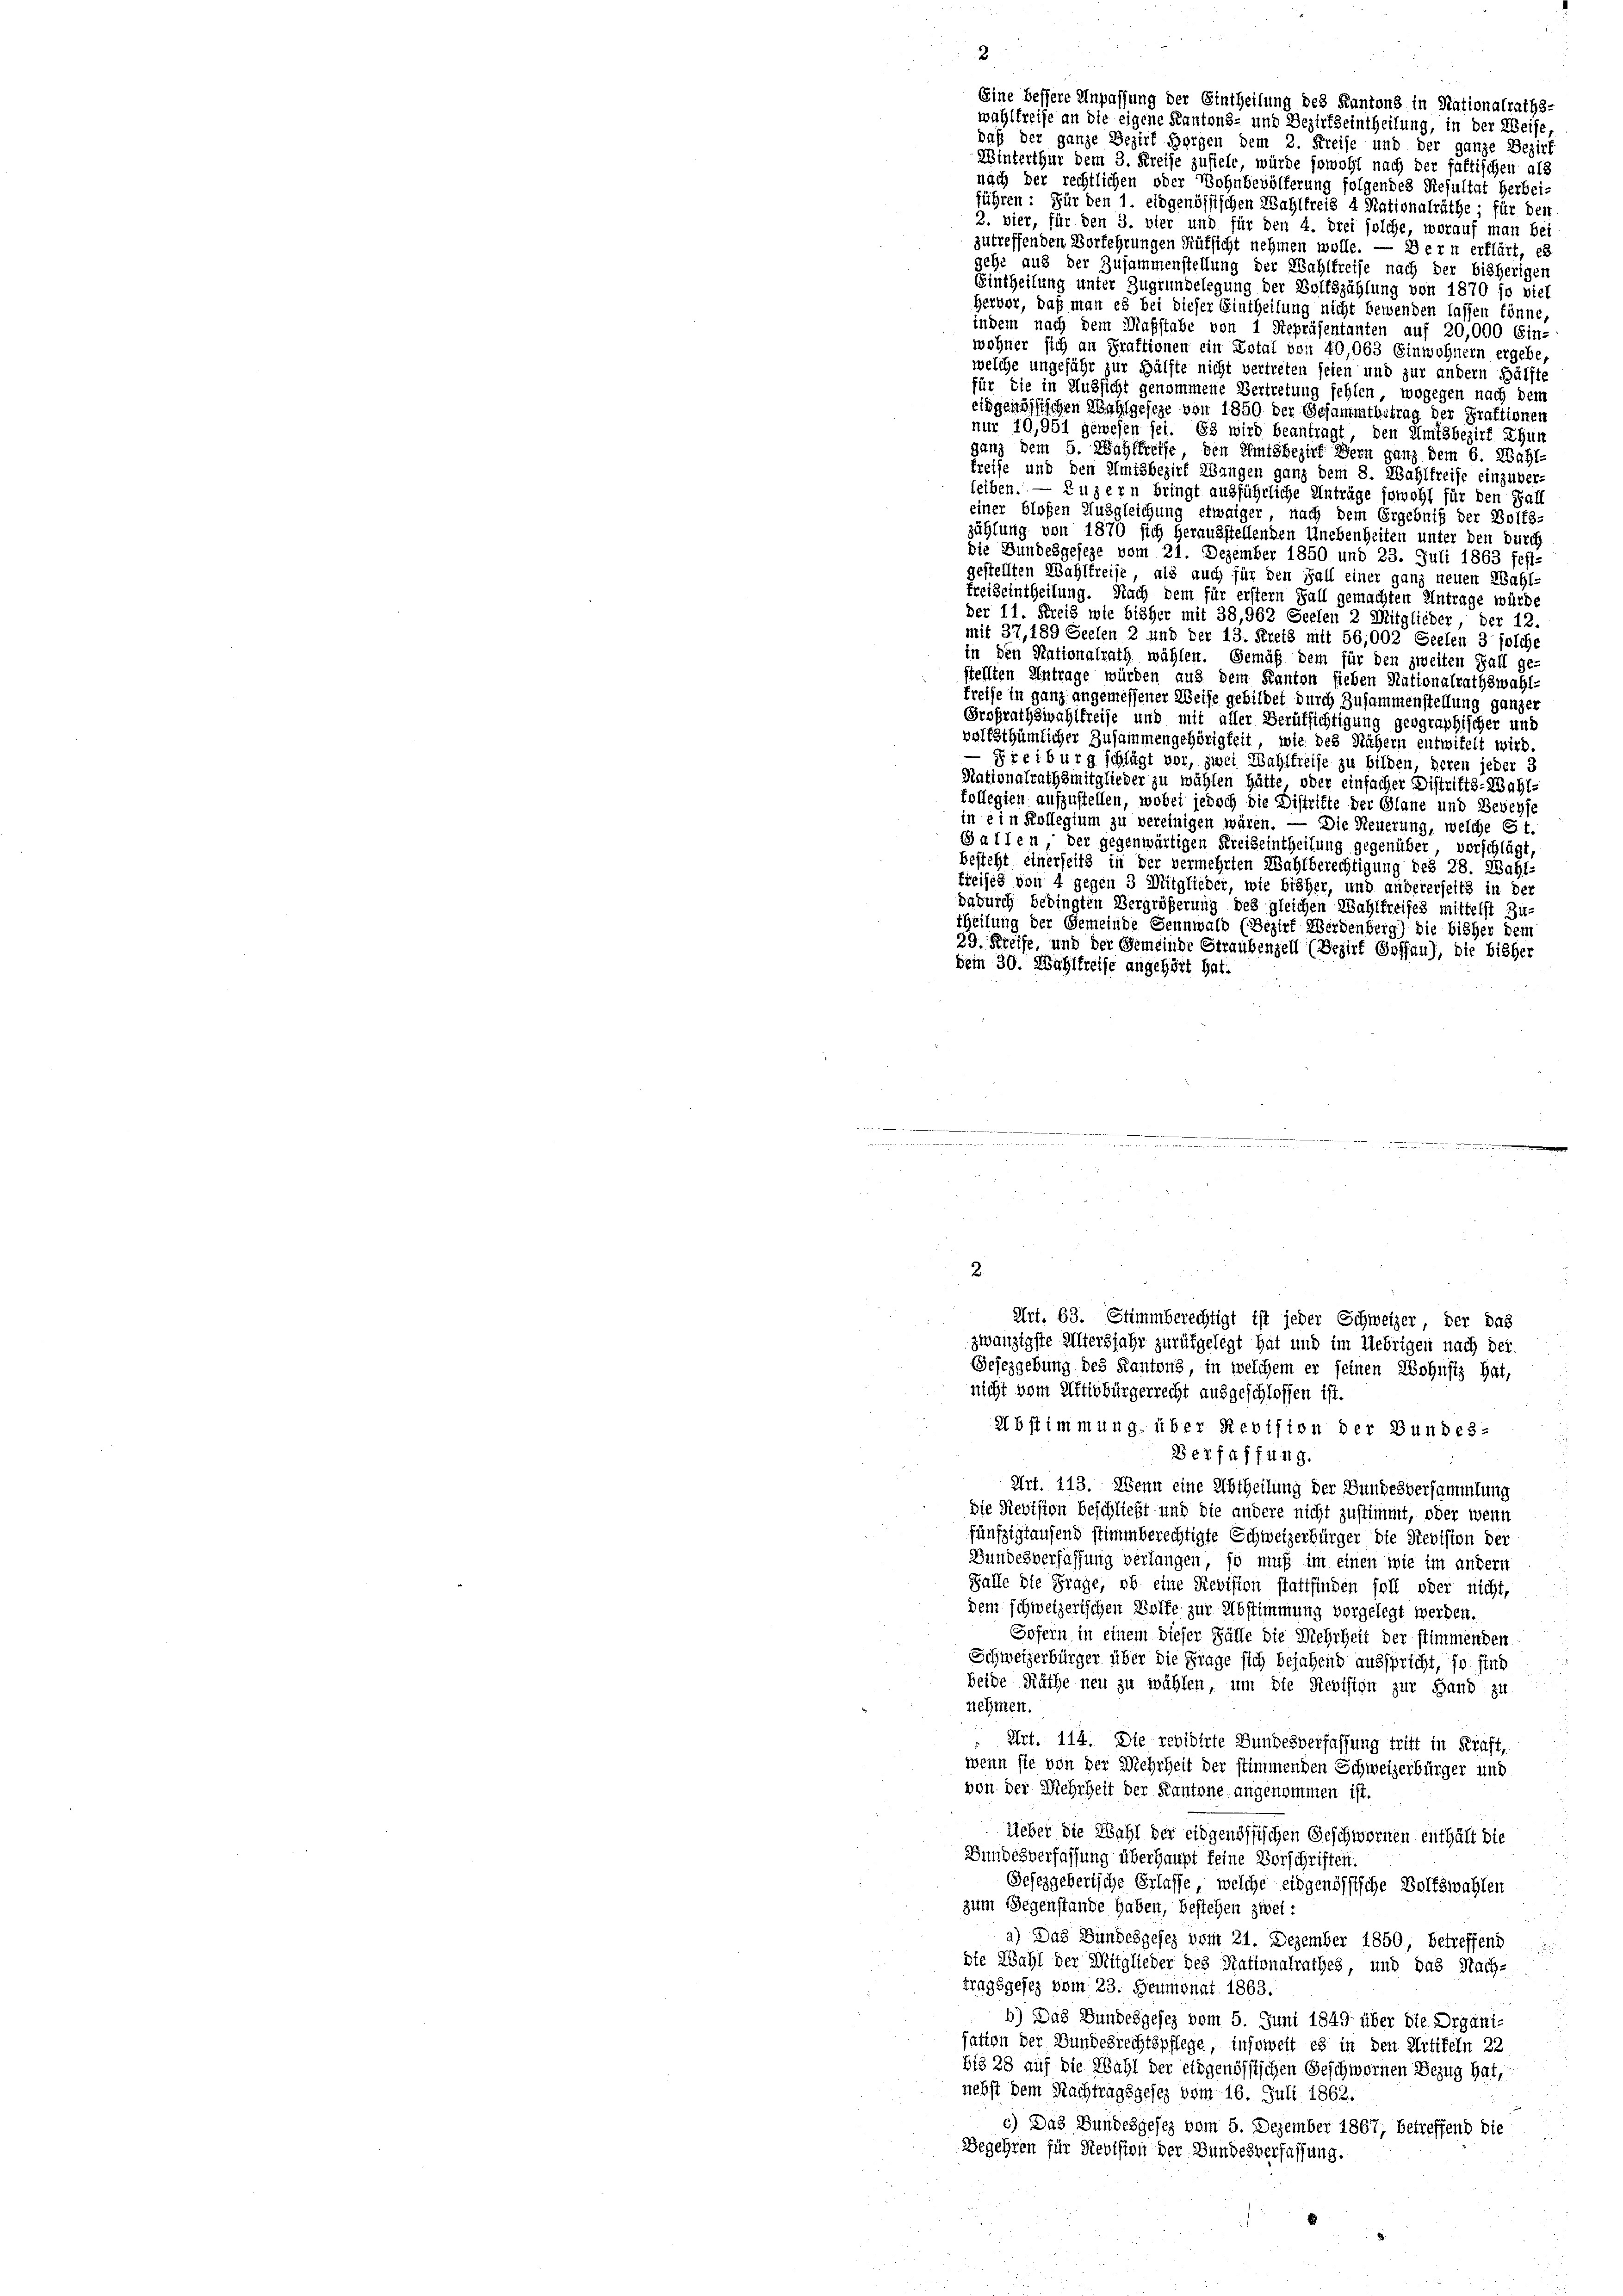
)
2
daß der ganze Bezirk Horgen dem 2. Kreise und der ganze Bezirk
Winterthur dem 3. Kreise zustell, würde sowohl nach der faktischen als
nach der rechtlichen oder Wohnbevölferung folgendes Resultat herbei-
führen: Für den 1. eidgenössischen Wahlkreis 4 Nationalräthe; für den
2. vier, für den 3. vier und für den 4. drei solche, worauf man bei
zutreffenden Vorkehrungen Rüksicht nehmen wolle. — Bern erklärt, es
gehe aus der Zusammenstellung der Wahlkreise nach der bisherigen
Eintheilung unter Zugrundelegung der Volkszählung von 1870 so viel
Hervor, daß man es bei dieser Eintheilung nicht bewenden lassen könne,
indem nach dem Maßstabe von 1 Repräsentanten auf 20,000 Ein-
wohner sich an Praktionen ein Dotal von 40,063 Einwohnern ergebe,
welche ungeführ zur Hälfte nicht vertreten seien und zur andern Hälfte
für die in Aussicht genommene Vertretung fehlen, wogegen nach dem
eidgenössischen Wahlgeseze von 1850 der Gesammtbetrag der Praktionen
nur 10,951 gewesen sei. Es wird beantragt, den Amtsbezirk Ehun
ganz dem 5. Wahlkreise, den Amtsbezirk Bern ganz dem 6. Wahl-
treise und den Amtsbezirk Wangen ganz dem 8. Wahlkreise einzuverleiben. — Luzern bringt ausführliche Anträge sowohl für den Fall
einer bloßen Ausgleichung etwaiger, nach dem Ergebniß der Bolfs-
zählung von 1870 sich herausstellenden Unebenheiten unter den durch
die Bundesgeseze vom 21. Dezember 1850 und 23. Juli 1863 fest-
gestellten Wahlkreise, als auch für den Fall einer ganz neuen Wahl-
Freiseintheilung. Nach dem für erstern Fall gemachten Antrage würde
der 11. Kreis wie bisher mit 38, 962 Seelen 2 Mitglieder, der 12.
mit 37, 189 Seelen 2 und der 13. Kreis mit 56,002 Seelen 3 solche
in den Nationalrath wählen. Gemäß dem für den zweiten Fall ge-
stellten Antrage würden aus dem Kanton sieben Nationalrathswahl-
freise in ganz angemessener Weise gebildet durch Zusammenstellung ganzer
Großrathswahlkreise und mit aller Berufsichtigung geographischer und
vollsthümlicher Zusammengehörigkeit, wie des Nähern entwifelt wird.
— Freiburg schlägt vor, zwei Wahlfreise zu bilden, deren jeder 3
Nationalrathsmitglieder zu wählen hätte, oder einfacher Distritts-Wahl-
kollegien aufzustellen, wobei jedoch die Distrifte der Glane und Bevehse
in ein Kollegium zu vereinigen wären. — Die Neuerung, welche Et
Gallen, der gegenwärtigen Kreiseintheilung gegenüber, vorschlägt,
besteht einerseits in der vermehrten Wahlberechtigung des 28. Wahl-
Freises von 4 gegen 3 Mitglieder, wie bisher, und andererseits in der
dadurch bedingten Vergrößerung des gleichen Wahlfreifes mittelst Zu-
theilung der Gemeinde Sennwald (Bezirk Werdenberg) die bisher dem
29. Kreise, und der Gemeinde Straubenzell (Bezirk Gossau), die bisher
dem 30. Wahlkreise angehört hat.
m

Eine bessere Anpassung der Eintheilung des Kantons in Rationalraths-
wahlfreise an die eigene Kantons- und Bezirkseintheilung, in der Weise,

nicht vom Attivbürgerrecht ausgeschlossen ist.
Abstimmung über Revision der Bundes-
Berfaffung.
Art. 113. Wenn eine Abtheilung der Bundesversammlung
die Revision beschließt und die andere nicht zustimmt, oder wenn
fünfzigtaufend stimmberechtigte Schweizerbürger die Revision der
Bundesverfassung verlangen, so muß im einen wie im andern
Falle die Frage, ob eine Revision stattfinden soll oder nicht,
dem schweizerischen Wolfe zur Abstimmung vorgelegt werden.
Sofern in einem dieser Fälle die Mehrheit der stimmenden
Schweizerbürger über die Frage sich besahend ausspricht, so sind
beide Räthe neu zu wählen, um die Revision zur Hand zu
nehmen.
: Art. 114. Die revidirte Bundesverfassung tritt in Kraft,
wenn sie von der Mehrheit der stimmenden Schweizerbürger und
von der Mehrheit der Kantone angenommen ist.
Ueber die Wahl der eidgenössischen Geschwornen enthält die
Bundesverfassung überhaupt keine Vorschriften.
Sefezgeberische Erlasse, welche eidgenössische Volkswahlen
zum Gegenstände haben, bestehen zwei :
a) Das Bundesgefez vom 21. Dezember 1850, betreffend
die Wahl der Mitglieder des Stationalrathes und das Nach-
tragsgesez vom 23. Heumonat 1863.
b) Das Bundesgesez vom 5. Juni 1849 über die Organi-
sation der Bundesrechtspflege, insoweit es in den Artikeln 22
b13 28 auf die Wahl der eidgenössischen Geschwernen Bezug hat,
nehst dem Nachtragsgesez vom 16. Juli 1862.
c) Das Bundesgesez vom 5. Dezember 1867, betreffend Die
Begehren für Revision der Bundesverfassung.

2.
Art. 63. Stimmberechtigt ist jeder Schweizer, der das
zwanzigste Altersjahr zurükgelegt hat und im Uebrigen nach der
Gesezgebung des Kantons in welchem er seinen Wohnsitz hat,